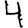
Digit: 4